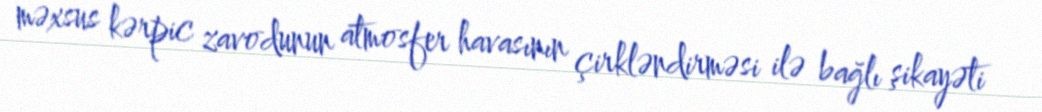
məxsus kərpic zavodunun atmosfer havasının çirkləndirməsi ilə bağlı şikayəti